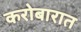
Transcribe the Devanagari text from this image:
करोबारात